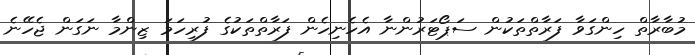
މުބާރާތް ހިންގަވާ ފަރާތްތަކުން ސަޕޯޓަރުންނާ އެހެނިހެން ފަރާތްތަކުގެ ފުރިހަމަ ޒިންމާ ނަގަން ޖެހޭނެ